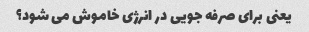
یعنی برای صرفه جویی در انرژی خاموش می شود؟